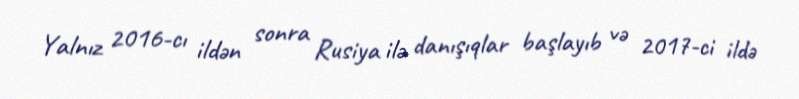
Yalnız 2016-cı ildən sonra Rusiya ilə danışıqlar başlayıb və 2017-ci ildə